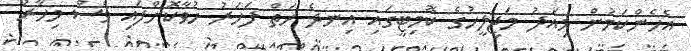
އެހެންކަމުން މިއަދު މަޖިލީހުގެ ކޮމިޓީގައި އިނދެ ހަތް ފަހަރު ހުވާކޮށްފައި ވެސް މިހާރު